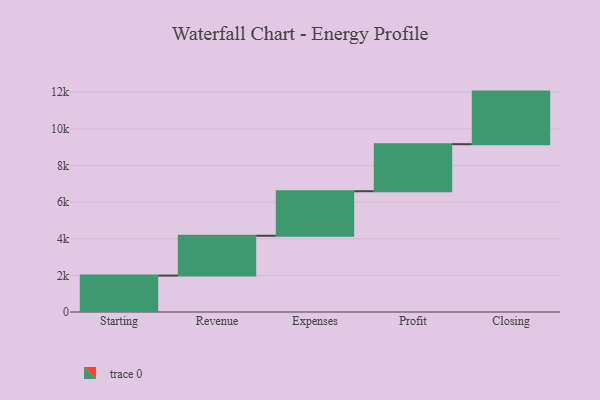
{"axis": {"x": "Step", "y": "Value"}, "legend": [""], "data": [{"x": "Starting", "y": 1988.0, "type": ""}, {"x": "Revenue", "y": 2175.0, "type": ""}, {"x": "Expenses", "y": 2432.0, "type": ""}, {"x": "Profit", "y": 2569.0, "type": ""}, {"x": "Closing", "y": 2871.0, "type": ""}]}